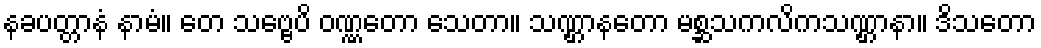
နခပတ္တာနံ နာမံ။ တေ သဗ္ဗေပိ ဝဏ္ဏတော သေတာ။ သဏ္ဌာနတော မစ္ဆသကလိကသဏ္ဌာနာ။ ဒိသတော